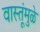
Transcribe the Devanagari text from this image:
वास्तूंमुळे